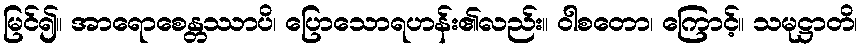
မြင်၍။ အာရောစေန္တဿာပိ၊ ပြောသောရဟန်း၏လည်း။ ဝါစတော၊ ကြောင့်။ သမုဋ္ဌာတိ၊